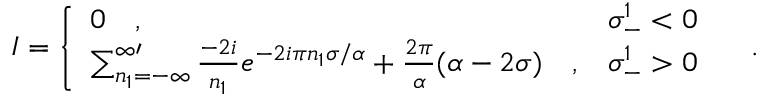
I = \left\{ \begin{array} { l l } { { 0 \quad , } } & { { \sigma _ { - } ^ { 1 } < 0 } } \\ { { \sum _ { n _ { 1 } = - \infty } ^ { \infty \prime } { \frac { - 2 i } { n _ { 1 } } } e ^ { - 2 i \pi n _ { 1 } \sigma / \alpha } + { \frac { 2 \pi } { \alpha } } ( \alpha - 2 \sigma ) \quad , } } & { { \sigma _ { - } ^ { 1 } > 0 } } \end{array} \right. \quad .